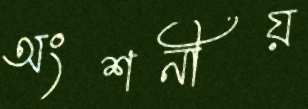
অংশনীয়